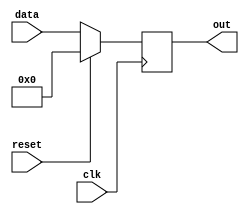
module Reg_Simple
	#(parameter W=5) (clk, reset, data, out);
	
	input wire clk,reset;
	input wire [W-1:0] data;
	output reg [W-1:0] out;
	
	always @(posedge clk) begin
		if(reset==1'b1) out <= 0;
		else out <= data;
	end
	
endmodule